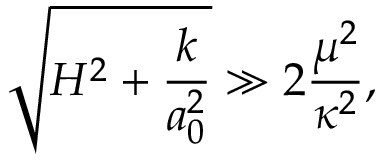
\sqrt { H ^ { 2 } + \frac { k } { a _ { 0 } ^ { 2 } } } \gg 2 \frac { \mu ^ { 2 } } { \kappa ^ { 2 } } ,